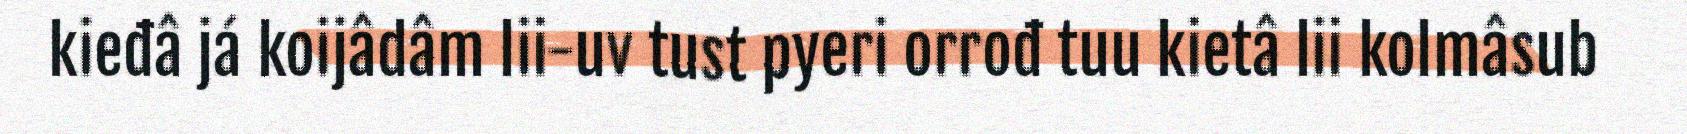
kieđâ já koijâdâm lii-uv tust pyeri orrođ tuu kietâ lii kolmâsub